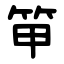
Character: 笚